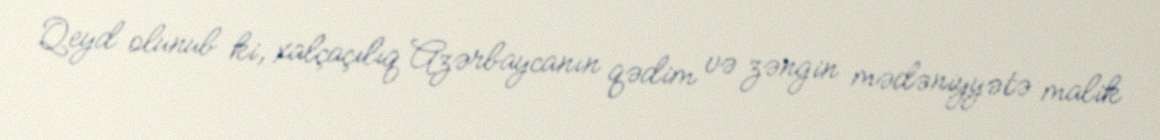
Qeyd olunub ki, xalçaçılıq Azərbaycanın qədim və zəngin mədəniyyətə malik